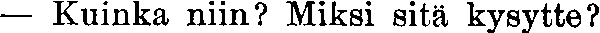
— Kuinka niin? Miksi sitä kysytte?